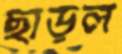
ছাড়ল